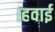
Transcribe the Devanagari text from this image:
।हवाई